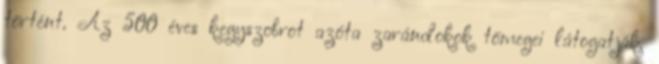
történt. Az 500 éves kegyszobrot azóta zarándokok tömegei látogatják.